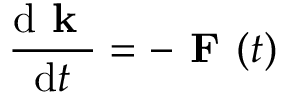
\frac { \mathrm { d } \textbf { k } } { \mathrm { d } t } = - \textbf { F } ( t )